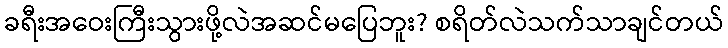
ခရီးအဝေးကြီးသွားဖို့လဲအဆင်မပြေဘူး? စရိတ်လဲသက်သာချင်တယ်